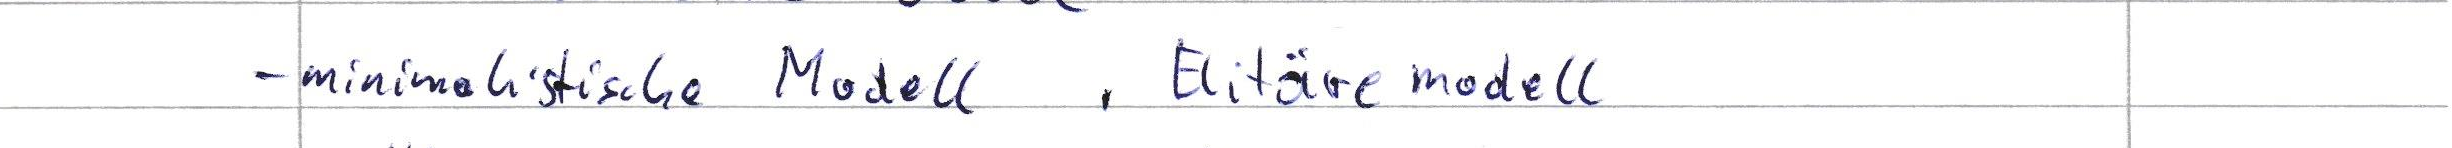
- minimalistische Modell, Elitäre modell